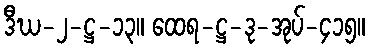
ဒီဃ-၂-ဋ္ဌ-၁၃။ ထေရ-ဋ္ဌ-ဒု-အုပ်-၄၁၅။